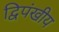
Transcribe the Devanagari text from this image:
द्विपंखीय